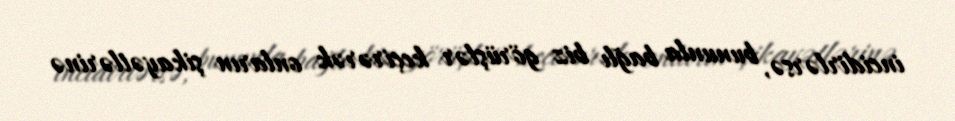
incidirlərsə, bununla bağlı biz görüşlər keçirərək onların şikayətlərinə